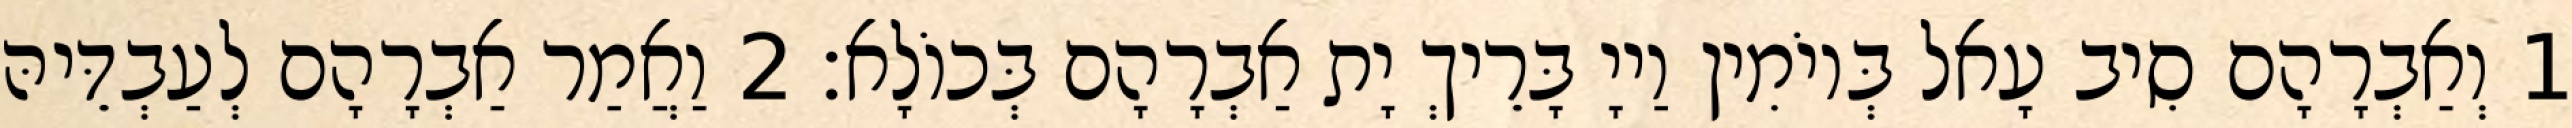
1 וְאַבְרָהָם סִיב עָאל בְּיוֹמִין וַייָ בָּרֵיךְ יָת אַבְרָהָם בְּכוֹלָא׃ 2 וַאֲמַר אַבְרָהָם לְעַבְדֵּיהּ